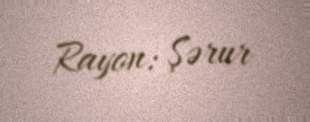
Rayon: Şərur